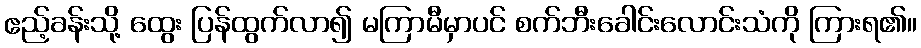
ဧည့်ခန်းသို့ ထွေး ပြန်ထွက်လာ၍ မကြာမီမှာပင် စက်ဘီးခေါင်းလောင်းသံကို ကြားရ၏။